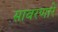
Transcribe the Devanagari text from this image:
सावरणारे